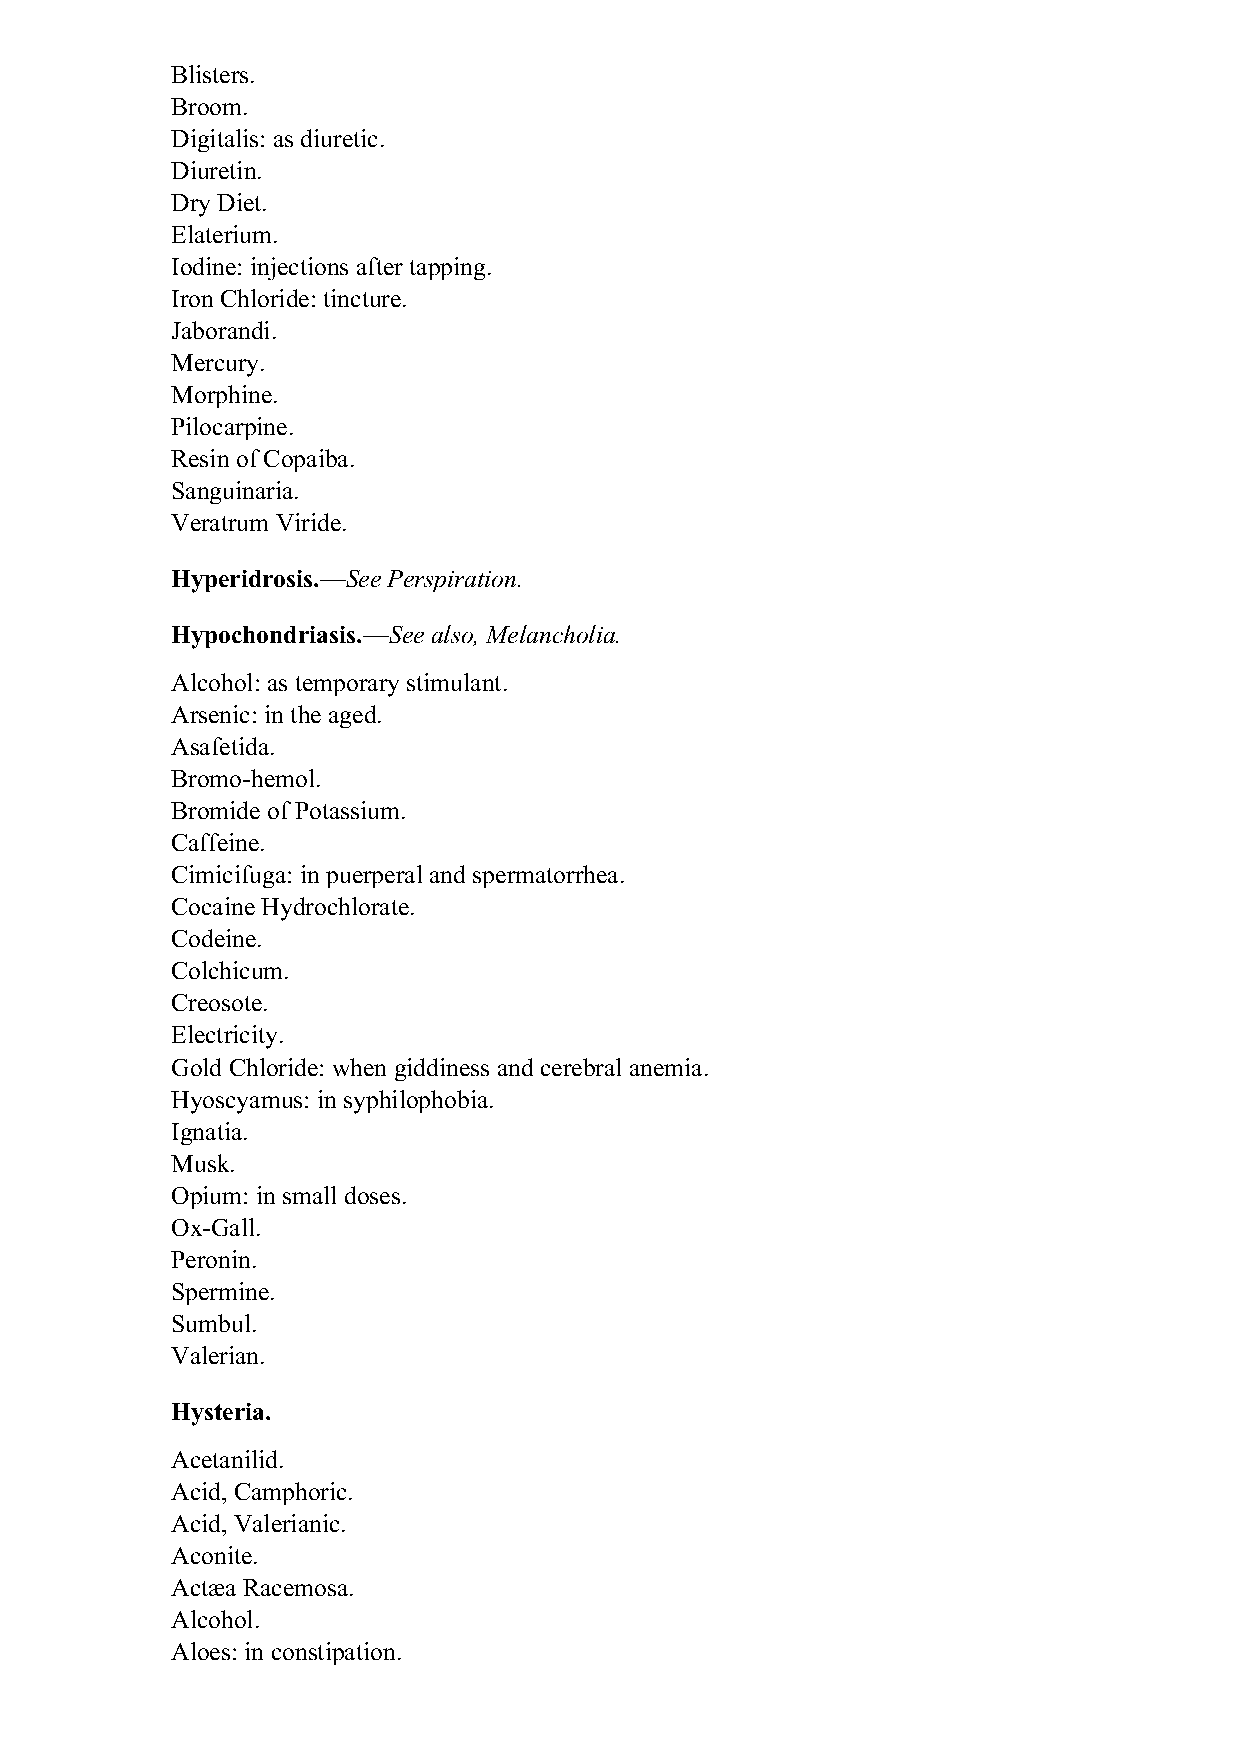
Blisters.
 Broom.
 Digitalis: as diuretic.
 Diuretin.
 Dry Diet.
 Elaterium.
 Iodine: injections after tapping.
 Iron Chloride: tincture.
 Jaborandi.
 Mercury.
 Morphine.
 Pilocarpine.
 Resin of Copaiba.
 Sanguinaria.
 Veratrum Viride.
 Hyperidrosis.—See Perspiration.
 Hypochondriasis.—See also, Melancholia.
 Alcohol: as temporary stimulant.
 Arsenic: in the aged.
 Asafetida.
 Bromo-hemol.
 Bromide of Potassium.
 Caffeine.
 Cimicifuga: in puerperal and spermatorrhea.
 Cocaine Hydrochlorate.
 Codeine.
 Colchicum.
 Creosote.
 Electricity.
 Gold Chloride: when giddiness and cerebral anemia.
 Hyoscyamus: in syphilophobia.
 Ignatia.
 Musk.
 Opium: in small doses.
 Ox-Gall.
 Peronin.
 Spermine.
 Sumbul.
 Valerian.
 Hysteria.
 Acetanilid.
 Acid, Camphoric.
 Acid, Valerianic.
 Aconite.
 Actæa Racemosa.
 Alcohol.
 Aloes: in constipation.